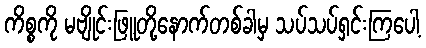
ကိစ္စကို မဗျိုင်းဖြူတို့နောက်တစ်ခါမှ သပ်သပ်ရှင်းကြပေါ့